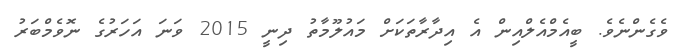
ވެގެންނެވެ. ބީއެމްއެލްއިން އެ އިދާރާތަކަށް މައުލޫމާތު ދިނީ 2015 ވަނަ އަހަރުގެ ނޮވެމްބަރު